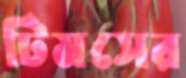
টিমসের